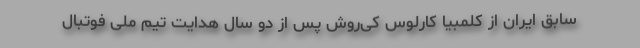
سابق ایران از کلمبیا کارلوس کی‌روش پس از دو سال هدایت تیم ملی فوتبال